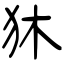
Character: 狇